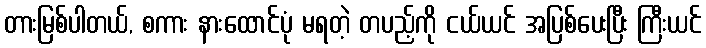
တားမြစ်ပါတယ်, စကား နားထောင်ပုံ မရတဲ့ တပည့်ကို ငယ်ယင် အပြစ်ပေးပြီး ကြီးယင်